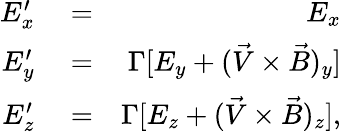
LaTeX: \begin{array}{rlr}{E_{x}^{\prime}}&{{}=}&{E_{x}}\\ {E_{y}^{\prime}}&{{}=}&{\Gamma[E_{y}+(\vec{V}\times\vec{B})_{y}]}\\ {E_{z}^{\prime}}&{{}=}&{\Gamma[E_{z}+(\vec{V}\times\vec{B})_{z}],}\end{array}